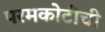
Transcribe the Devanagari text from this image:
परमकोटीची